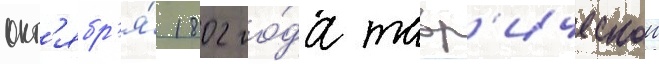
окт'ябр'я́ 1802 го́да тавр'ическои